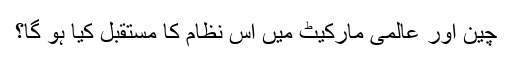
چین اور عالمی مارکیٹ میں اس نظام کا مستقبل کیا ہو گا؟